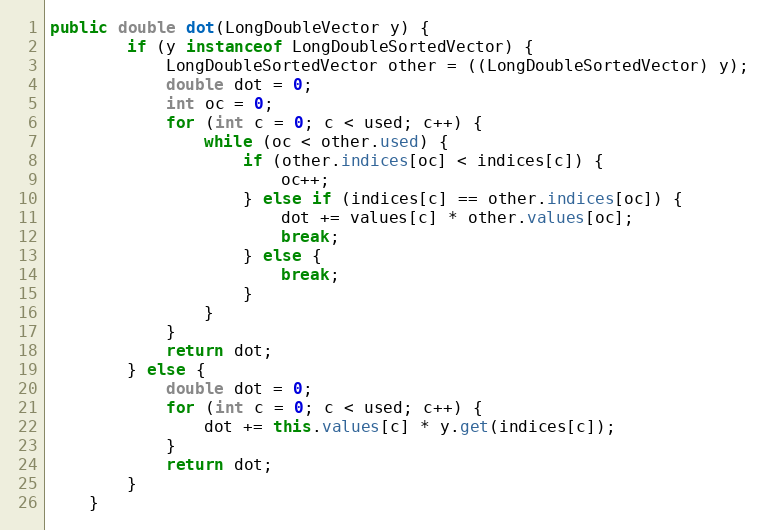
Language: Java
public double dot(LongDoubleVector y) {
        if (y instanceof LongDoubleSortedVector) {
            LongDoubleSortedVector other = ((LongDoubleSortedVector) y);
            double dot = 0;
            int oc = 0;
            for (int c = 0; c < used; c++) {
                while (oc < other.used) {
                    if (other.indices[oc] < indices[c]) {
                        oc++;
                    } else if (indices[c] == other.indices[oc]) {
                        dot += values[c] * other.values[oc];
                        break;
                    } else {
                        break;
                    }
                }
            }
            return dot;
        } else {
            double dot = 0;
            for (int c = 0; c < used; c++) {
                dot += this.values[c] * y.get(indices[c]);
            }
            return dot;
        }
    }